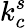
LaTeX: k_{c}^{s}